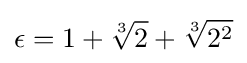
\epsilon =1+{\sqrt[{3}]{2}}+{\sqrt[{3}]{2^{2}}}